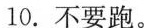
10.不要跑。